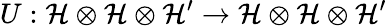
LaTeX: U:\mathcal{H}\otimes\mathcal{H}\otimes\mathcal{H}^{\prime}\rightarrow\mathcal{H}\otimes\mathcal{H}\otimes\mathcal{H}^{\prime}